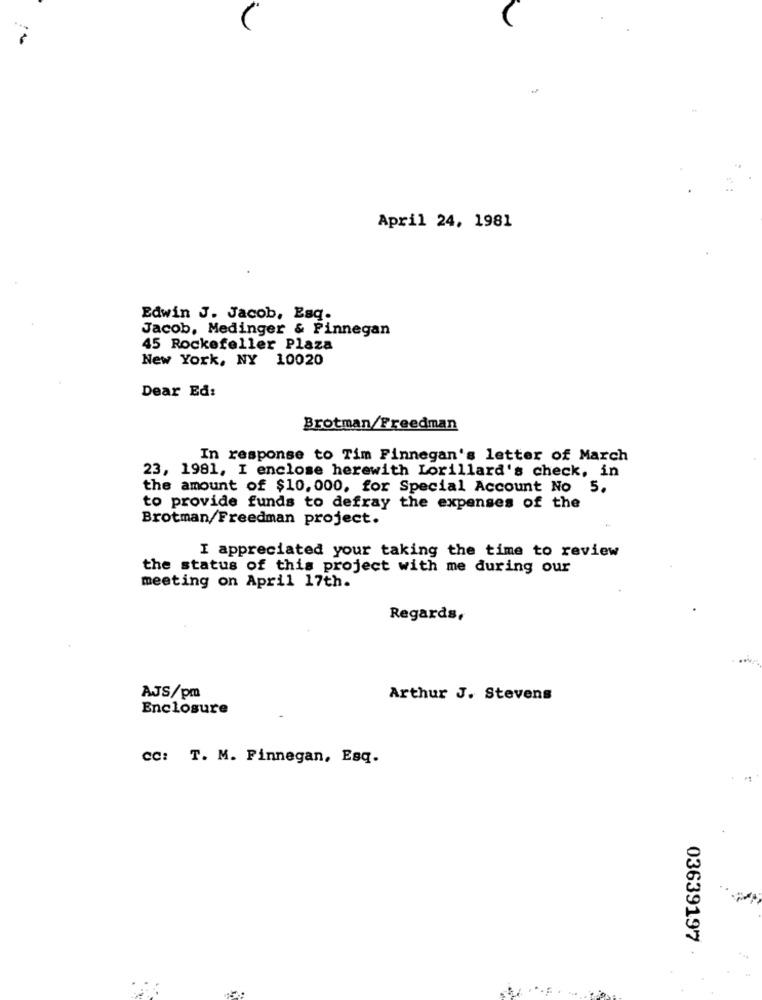
April 24, 1981
Edwin J. Jacob, Esq.
Jacob, Medinger & Finnegan
45 Rockefeller Plaza
New York, NY 10020
Dear Ed:
Brotman/Freedman
In response to Tim Finnegan's letter of March
23, 1981, I enclose herewith Lorillard's check, in
the amount of $10. 000, for Special Account No 5.
to provide funds to defray the expenses of the
Brotman/Freedman project.
I appreciated your taking the time to review
the status of this project with me during our
meeting on April 17th.
Regards,
AJS/pm
Arthur J. Stevens
Enclosure
CC: T. M. Finnegan, Esq.
03639197